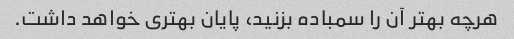
هرچه بهتر آن را سمباده بزنید، پایان بهتری خواهد داشت.